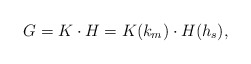
\begin{align*} G=K\cdot H = K(k_m)\cdot H(h_s),\end{align*}